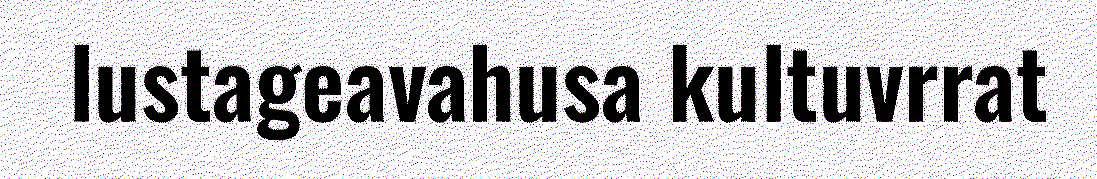
lustageavahusa kultuvrrat